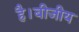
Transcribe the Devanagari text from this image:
है।बीजीय